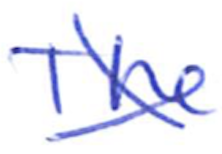
Text: The
Cross-out: cross
Writing tool: ballpoint